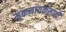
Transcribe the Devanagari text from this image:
मूकनायकसाठी